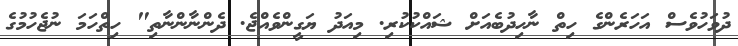
ދުވަހުވެސް އަހަރެންގެ ހިތް ނާހިދުބެއަށް ޝައްކުކުރި. މިއަދު ޔަގީންވެއްޖެ. ދެންނާންނާތި" ހިތްހަމަ ނުޖެހުމުގެ